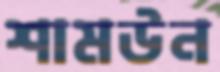
শামউন